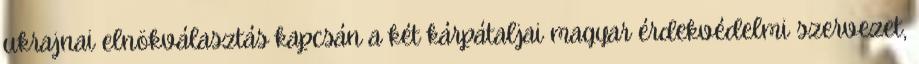
ukrajnai elnökválasztás kapcsán a két kárpátaljai magyar érdekvédelmi szervezet,